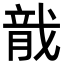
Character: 𬂄